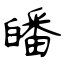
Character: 皤